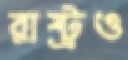
রাষ্ট্রও